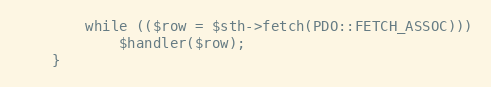
Language: PHP
		while (($row = $sth->fetch(PDO::FETCH_ASSOC)))
			$handler($row);
	}